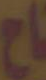
تاح